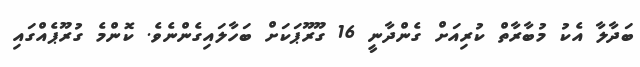
ބަދާލާ އެކު މުބާރާތް ކުރިއަށް ގެންދާނީ 16 ގޫރޫޕަކަށް ބަހާލައިގެންނެވެ. ކޮންމެ ގުރޫޕެއްގައި